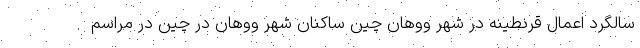
سالگرد اعمال قرنطینه در شهر ووهان چین ساکنان شهر ووهان در چین در مراسم